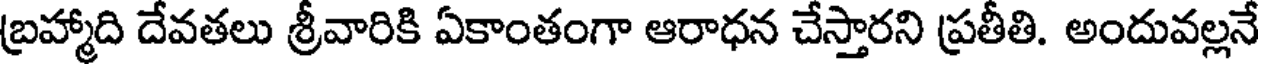
బ్రహ్మాది దేవతలు శ్రీవారికి ఏకాంతంగా ఆరాధన చేస్తారని ప్రతీతి. అందువల్లనే